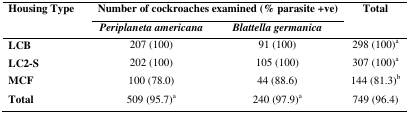
| <ROWSPAN=3> Housing Type | <COLSPAN=2> Number of cockroaches examined (% parasite +ve) | <ROWSPAN=3> Total |
 | Periplaneta americana | Blattella germanica |
 | --- | --- | --- | --- |
 | LCB | 207 (100) | 91 (100) | 298 (100)a |
 | LC2-S | 202 (100) | 105 (100) | 307 (100)a |
 | MCF | 100 (78.0) | 44 (88.6) | 144 (81.3)b |
 | Total | 509 (95.7)a | 240 (97.9)a | 749 (96.4) |